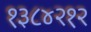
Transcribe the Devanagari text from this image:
१३८४२१२